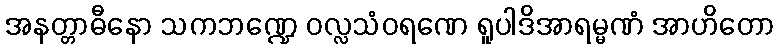
အနတ္တာဓီနော သကဘဏ္ဍေ ဝလ္လသံဝရဏေ ရူပါဒိအာရမ္မဏံ အာဟိတော